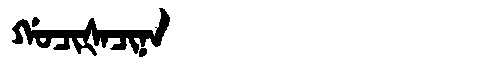
Manchu: ᡤᠣᠴᡳᡧᠠᠴᡳᠨᠠ
Romanization: GOCIŠACINA